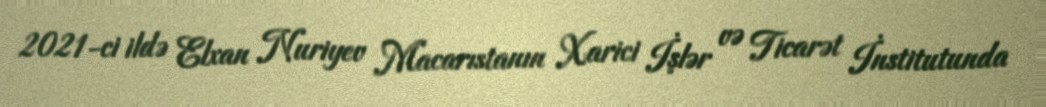
2021-ci ildə Elxan Nuriyev Macarıstanın Xarici İşlər və Ticarət İnstitutunda